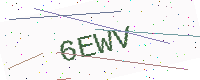
Text: 6EWV